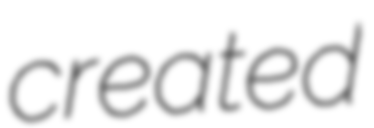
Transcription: created